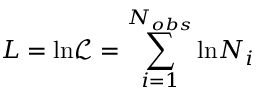
L = \mathrm { l n } \mathcal { L } = \sum _ { i = 1 } ^ { N _ { o b s } } \mathrm { l n } N _ { i }